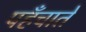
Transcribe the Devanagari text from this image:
पहँचाते